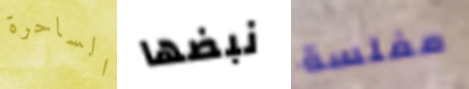
الساحرة نبضها مفلسة